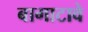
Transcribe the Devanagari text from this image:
बागाटावे